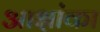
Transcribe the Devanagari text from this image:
आक्षांका